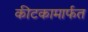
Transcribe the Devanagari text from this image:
कीटकामार्फत